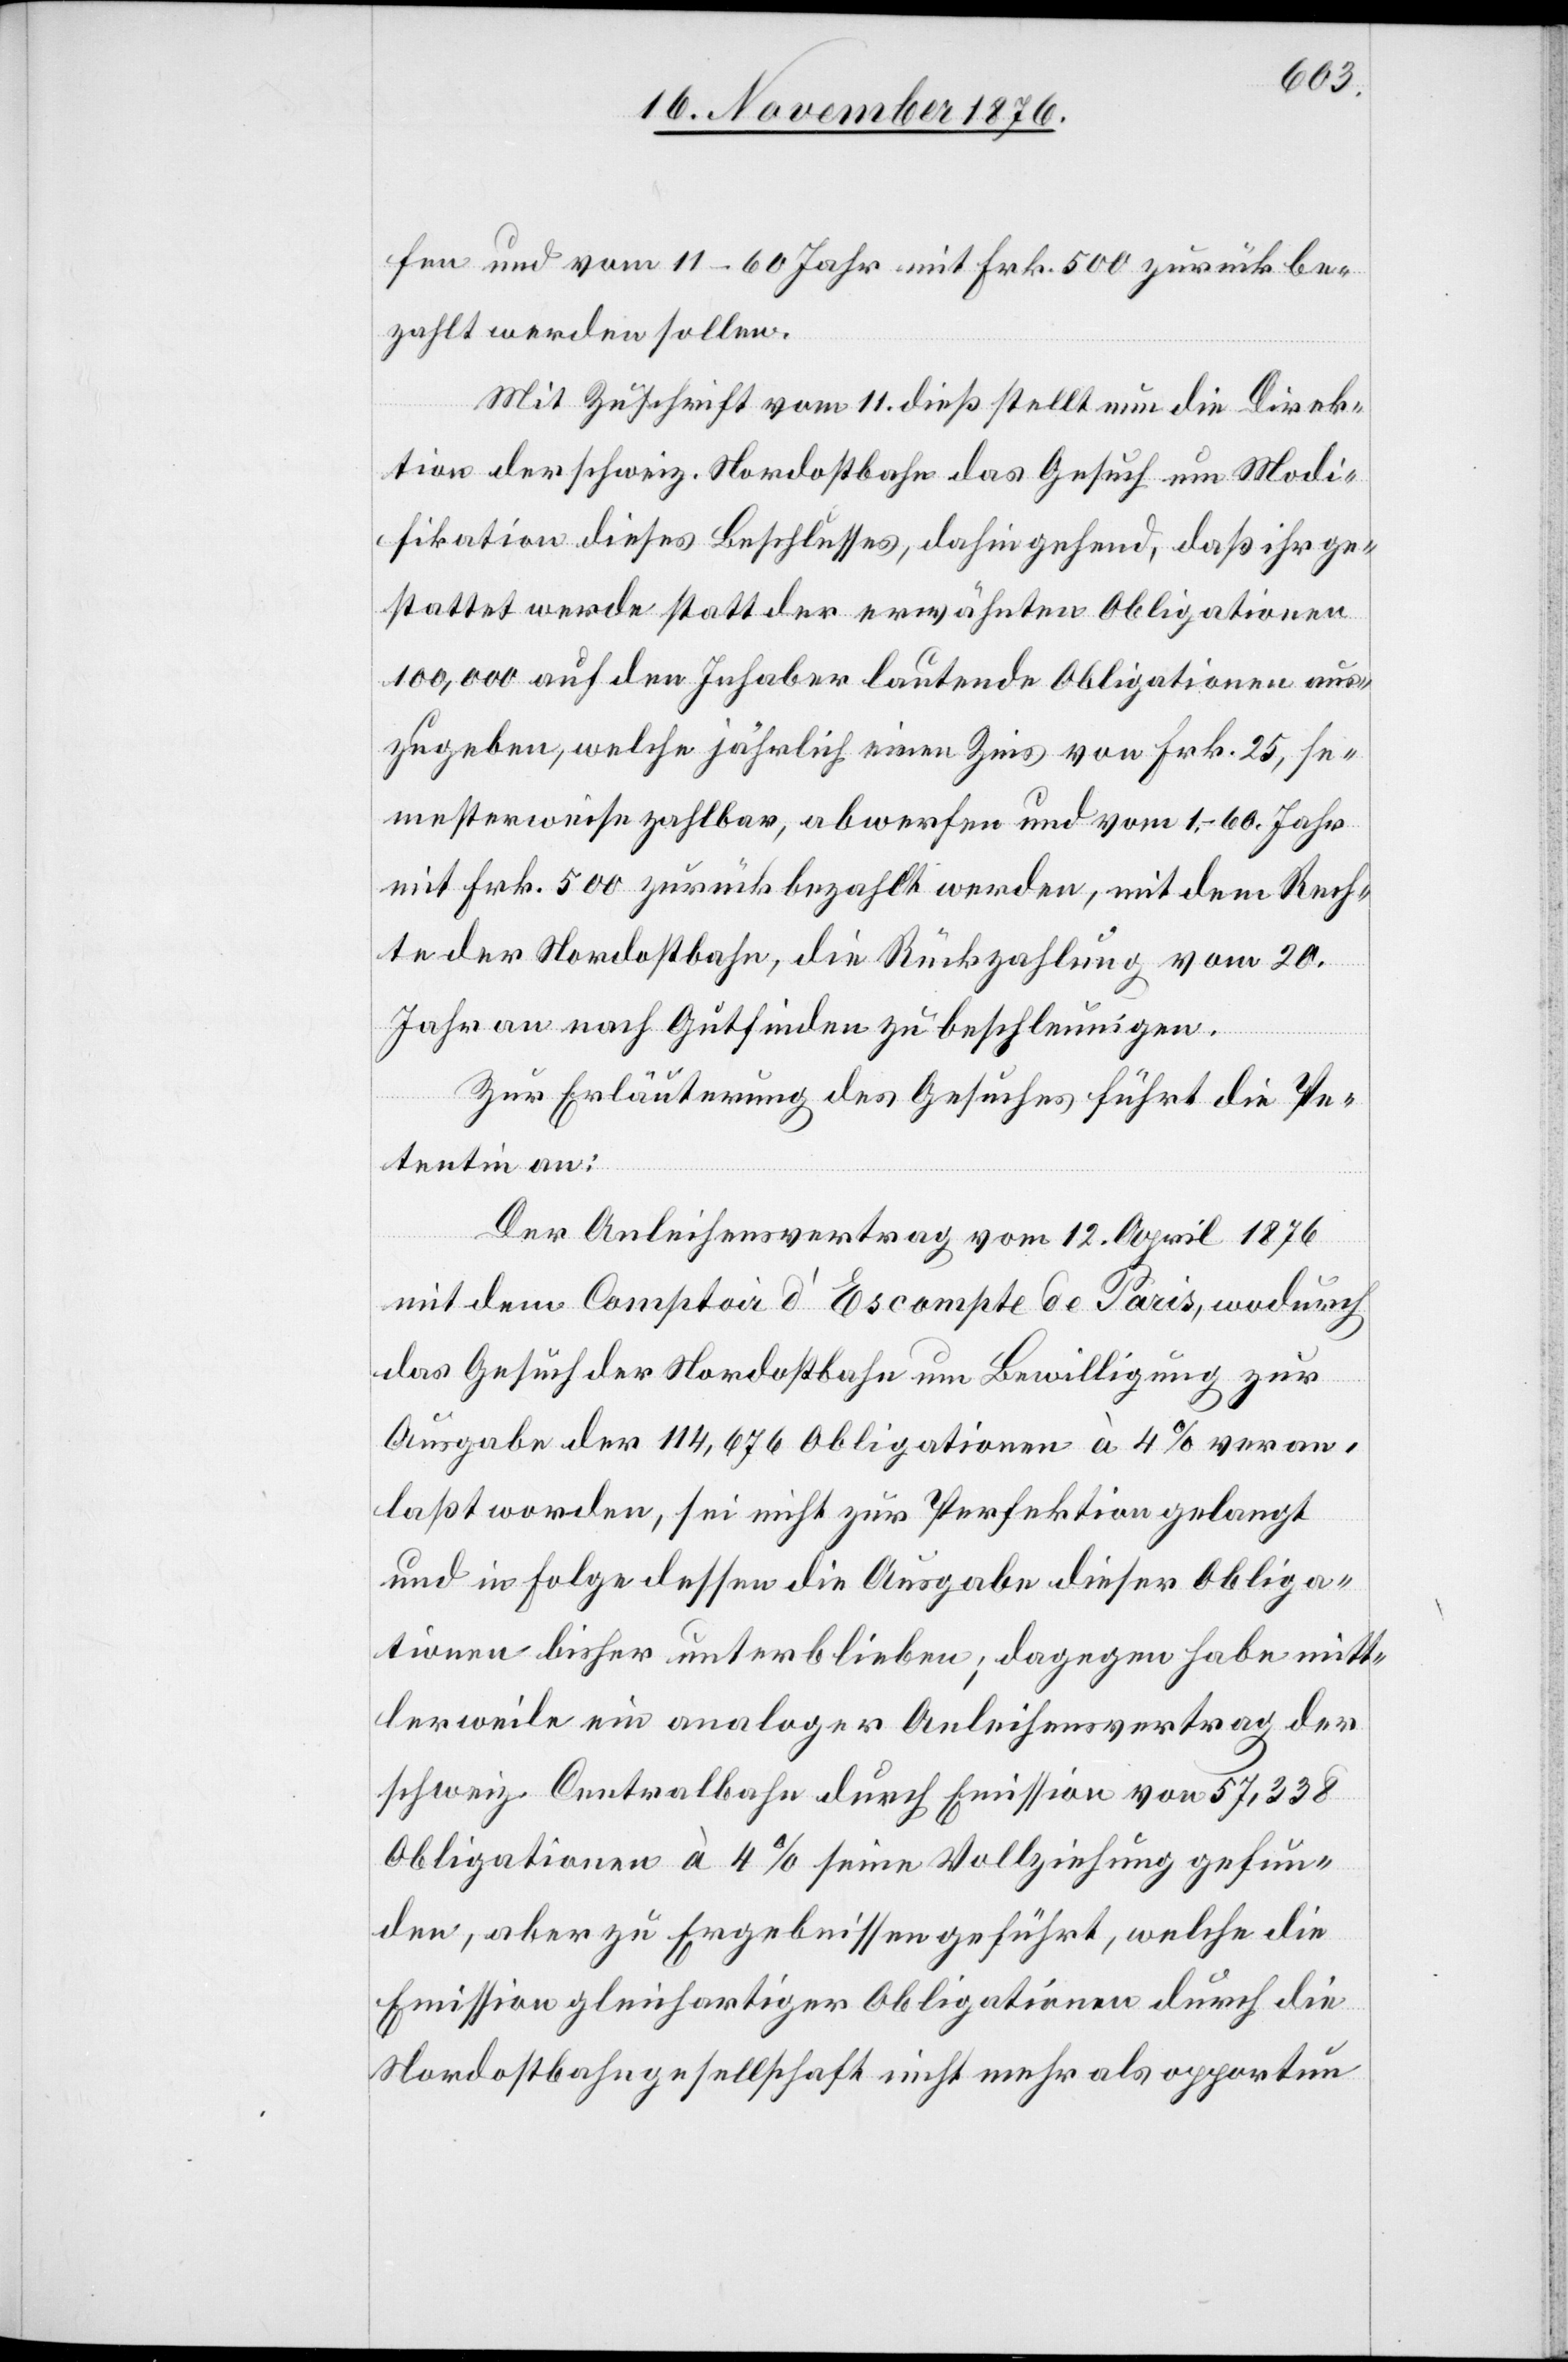
fen und vom 11–60 Jahr mit Frk. 500 zurückbe¬
zahlt werden sollen.
Mit Zuschrift vom 11. dieß stellt nun die Direk¬
tion der schweiz. Nordostbahn das Gesuch um Modi¬
fikation dieses Beschlusses, dahin gehend, daß ihr ge¬
stattet werde statt der erwähnten Obligationen
100,000 auf den Inhaber lautende Obligationen aus¬
zugeben, welche jährlich einen Zins von Frk. 25, se¬
mesterweise zahlbar, abwerfen und vom 1.–60. Jahr
mit Frk. 500 zurückbezahlt werden, mit dem Rech¬
te der Nordostbahn, die Rückzahlung vom 20.
Jahr an nach Gutfinden zu beschleunigen.
Zur Erläuterung des Gesuches führt die Pe¬
tentin an:
Der Anleihensvertrag vom 12. April 1876
mit dem Comptoir d’Escompte de Paris, wodurch
das Gesuch der Nordostbahn um Bewilligung zur
Ausgabe der 114,676 Obligationen à 4% veran¬
laßt worden, sei nicht zur Perfektion gelangt
und in Folge dessen die Ausgabe dieser Obliga¬
tionen bisher unterblieben; dagegen habe mitt¬
lerweile ein analoger Anleihensvertrag der
schweiz. Centralbahn durch Emission von 57,338
Obligationen à 4% seine Vollziehung gefun¬
den, aber zu Ergebnissen geführt, welche die
Emission gleichartiger Obligationen durch die
Nordostbahngesellschaft nicht mehr als opportun